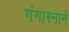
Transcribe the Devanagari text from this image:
गंगास्नानें